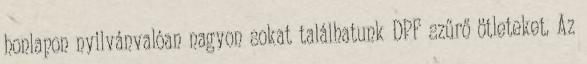
honlapon nyilvánvalóan nagyon sokat találhatunk DPF szűrő ötleteket. Az